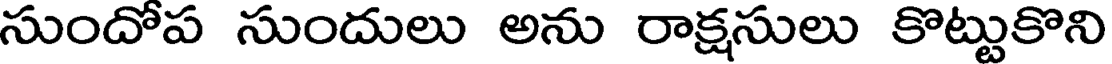
సుందోప సుందులు అను రాక్షసులు కొట్టుకొని